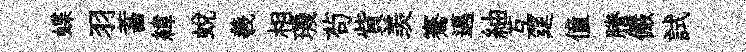
蝶羽蓄緯蜕羲相璣茍貲羡騫邁紬互筵僮謄儼試